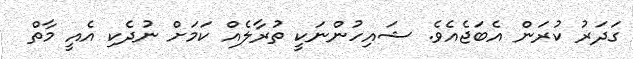
ގަދަރު ކުރަން އެބަޖެއެވެ. ޝައިހުންނަކީ ތުރާލެއް ކަމަށް ނުދެކި އެއީ މާތް